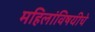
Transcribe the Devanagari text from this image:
महिलांविषयीचे